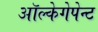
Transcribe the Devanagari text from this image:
ऑल्केगेपेन्ट